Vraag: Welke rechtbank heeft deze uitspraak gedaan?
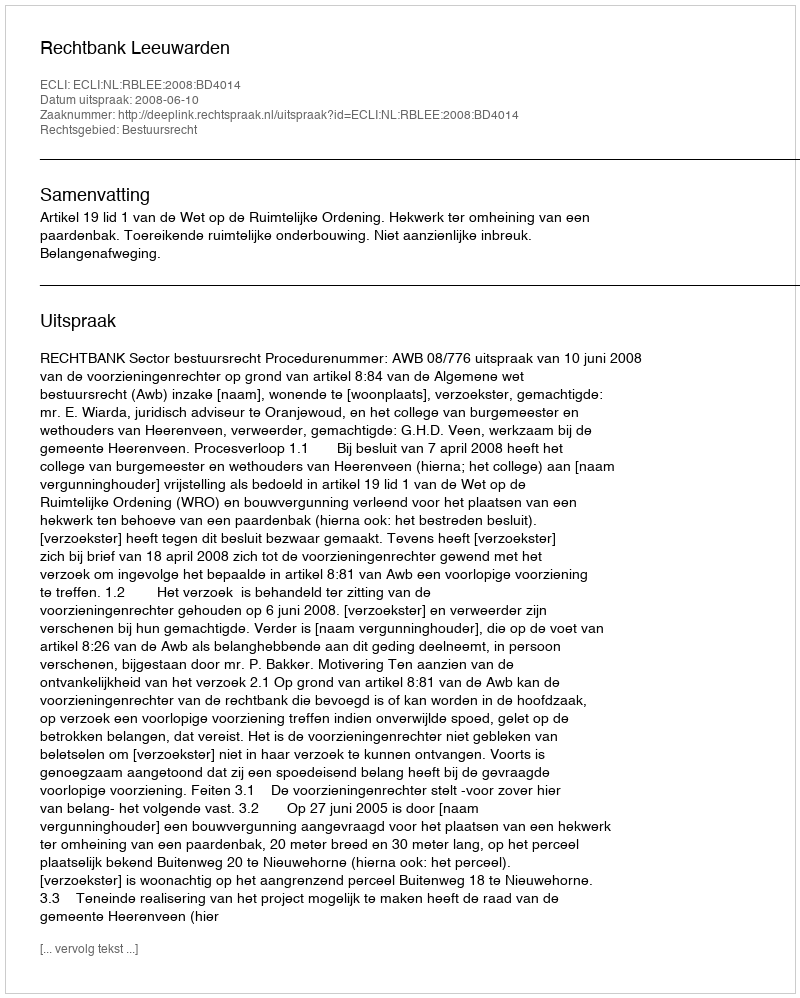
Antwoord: Rechtbank Leeuwarden